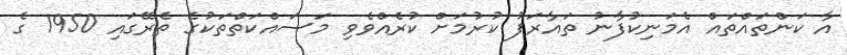
އާ ކަންތައްތައް އެމަނިކުފާނު ތައާރަފު ކުރުމަށް ކުރެއްވެވި މަސައްކަތްތަކުގެ ތެރޭގައި 1950 ގެ